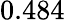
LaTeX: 0.484